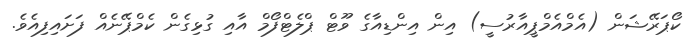
ކޯޕަރޭޝަން (އެމްއެމްޕީއާރުސީ) އިން އިންޑިއާގެ ވޫޓް ޕްލެޓްފޯމް އާއި ގުޅިގެން ކެމްޕޭނެއް ފަށައިފިއެވެ.